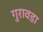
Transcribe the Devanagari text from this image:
गुरावडा